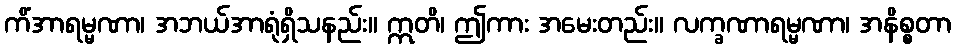
ကိံအာရမ္မဏာ၊ အဘယ်အာရုံရှိသနည်း။ ဣတိ၊ ဤကား အမေးတည်း။ လက္ခဏာရမ္မဏာ၊ အနိစ္စတာ